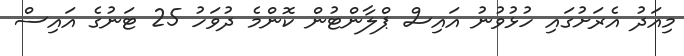
މިއަދު އެރަށުގައި ހުޅުވުނު އައިސް ޕްލާންޓުން ކޮންމެ ދުވަހު 25 ޓަނުގެ އައިސް